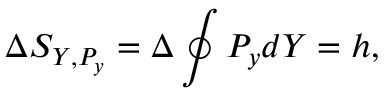
\Delta S _ { Y , P _ { y } } = \Delta \oint P _ { y } d Y = h ,